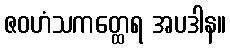
ဇဝဟံသကတ္ထေရ အပဒါန။